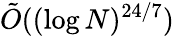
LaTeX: {\tilde{O}}((\log N)^{24/7})